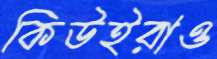
কিউইরাও